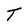
Character: T